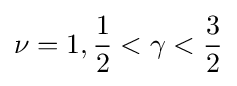
\nu =1,{\frac {1}{2}}<\gamma <{\frac {3}{2}}